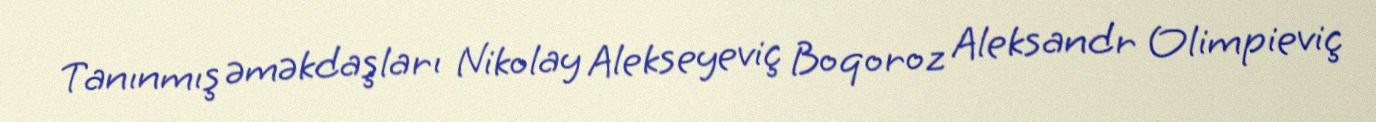
Tanınmış əməkdaşları Nikolay Alekseyeviç Boqoroz Aleksandr Olimpieviç